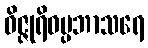
ဝိဇ္ဇုရိဝပ္ပဘာသရေ